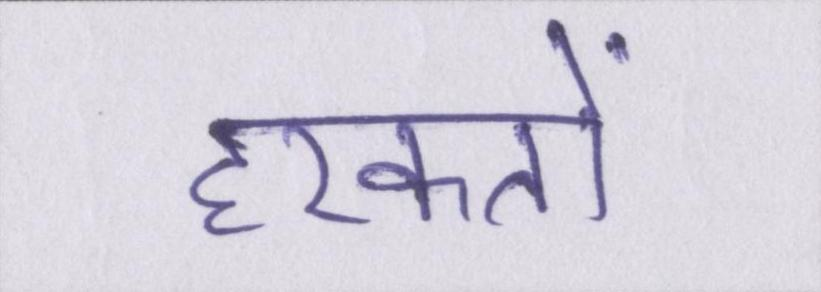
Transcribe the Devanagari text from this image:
हरकतों